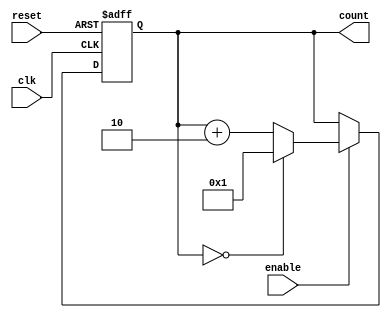
module counter_odd(reset,clk,enable,count);
input reset,clk;
input enable;
output reg[9:0]count;

always@(posedge clk or posedge reset)
begin
if(reset) begin

count=10'd0;

end
else if(enable)
begin
if(count==0)
count=10'd1;
else
count=count+2;

end
else begin
count=count;
end

end
endmodule